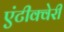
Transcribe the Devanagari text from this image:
एंटीक्वेरी